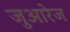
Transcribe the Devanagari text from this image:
जुआरेज